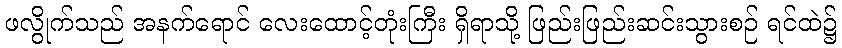
ဖလွိုက်သည် အနက်ရောင် လေးထောင့်တုံးကြီး ရှိရာသို့ ဖြည်းဖြည်းဆင်းသွားစဉ် ရင်ထဲ၌